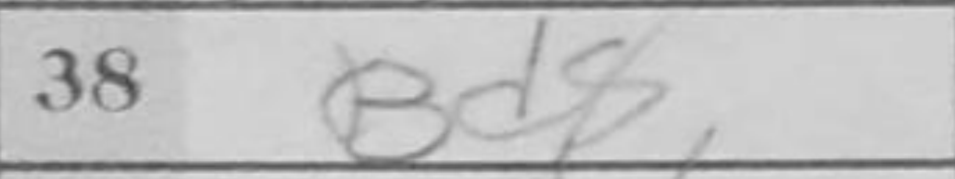
Transcription: Bd8